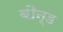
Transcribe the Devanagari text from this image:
बौन्ड